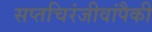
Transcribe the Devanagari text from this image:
सप्तचिरंजीवांपैकी